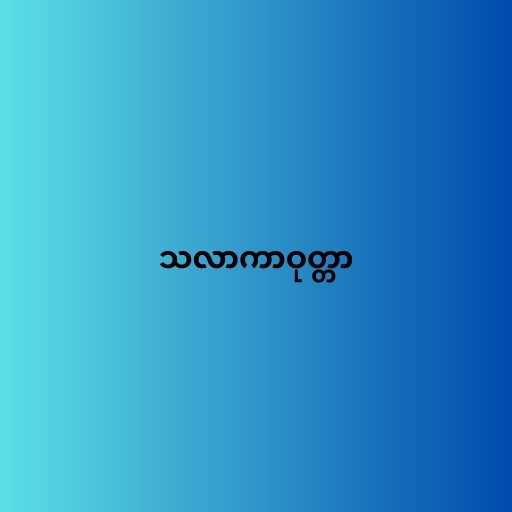
သလာကာဝုတ္တာ